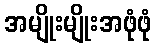
အမျိုးမျိုးအဖုံဖုံ